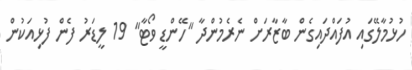
ހުޅުމާލޭގައި އުފައްދައިގެން ބާޒާރަށް ނެރެމުންދާ "ހޭންޑީ ވޯޓާ" 19 ލީޑަރު ފެން ފުޅިއަކުން